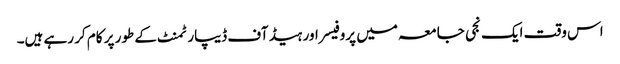
اس وقت ایک نجی جامعہ میں پروفیسر اور ہیڈ آف ڈیپارٹمنٹ کے طور پر کام کر رہے ہیں۔